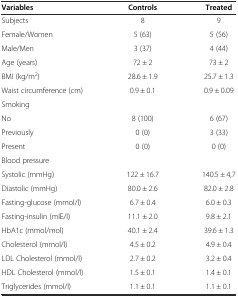
| Variables | Controls | Treated |
 | --- | --- | --- |
 | Subjects | 8 | 9 |
 | Female/Women | 5 (63) | 5 (56) |
 | Male/Men | 3 (37) | 4 (44) |
 | Age (years) | 72 ± 2 | 73 ± 2 |
 | BMI (kg/m2) | 28.6 ± 1.9 | 25.7 ± 1.3 |
 | Waist circumference (cm) | 0.9 ± 0.1 | 0.9 ± 0.09 |
 | Smoking |  |  |
 | No | 8 (100) | 6 (67) |
 | Previously | 0 (0) | 3 (33) |
 | Present | 0 (0) | 0 (0) |
 | Blood pressure |  |  |
 | Systolic (mmHg) | 122 ± 16.7 | 140.5 ± 4,7 |
 | Diastolic (mmHg) | 80.0 ± 2.6 | 82.0 ± 2.8 |
 | Fasting-glucose (mmol/l) | 6.7 ± 0.4 | 6.0 ± 0.3 |
 | Fasting-insulin (mlE/l) | 11.1 ± 2.0 | 9.8 ± 2.1 |
 | HbA1c (mmol/mol) | 40.1 ± 2.4 | 39.6 ± 1.3 |
 | Cholesterol (mmol/l) | 4.5 ± 0.2 | 4.9 ± 0.4 |
 | LDL Cholesterol (mmol/l) | 2.7 ± 0.2 | 3.2 ± 0.4 |
 | HDL Cholesterol (mmol/l) | 1.5 ± 0.1 | 1.4 ± 0.1 |
 | Triglycerides (mmol/l) | 1.1 ± 0.1 | 1.1 ± 0.1 |